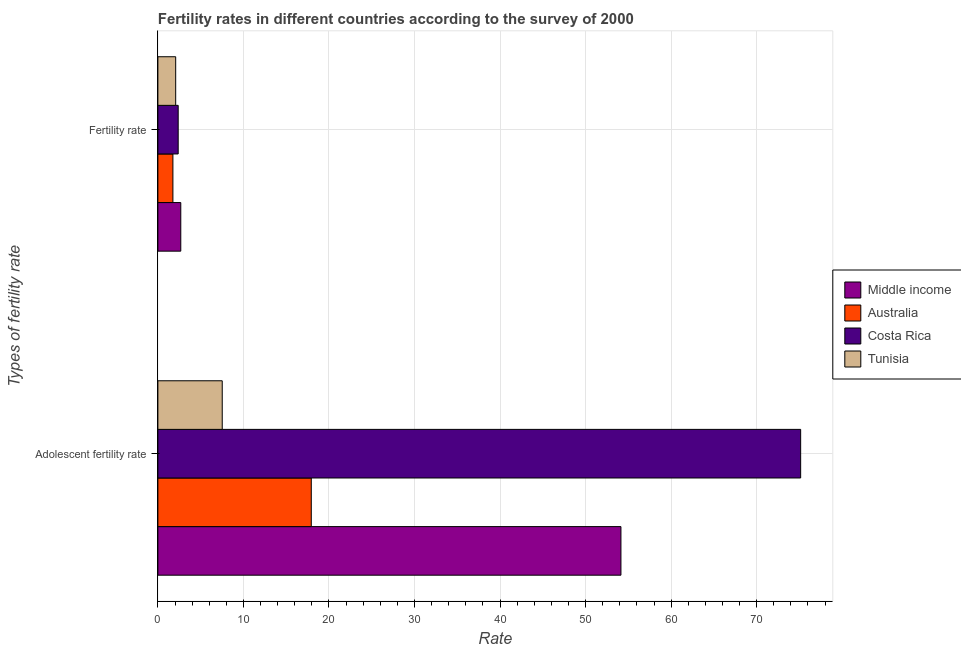
| Types of fertility rate | Middle income | Australia | Costa Rica | Tunisia |
 | --- | --- | --- | --- | --- |
 | Adolescent fertility rate | 54.1 | 17.9 | 75.1 | 7.52 |
 | Fertility rate | 2.68 | 1.76 | 2.37 | 2.08 |